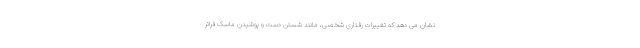
نشان می دهد که تغییرات رفتاری شخصی، مانند شستن دست و پوشیدن ماسک فراتر